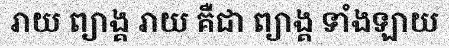
រាយ ព្យាង្គ រាយ គឺជា ព្យាង្គ ទាំងឡាយ